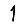
Digit: 1